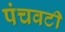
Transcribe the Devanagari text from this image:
पंचवटीं